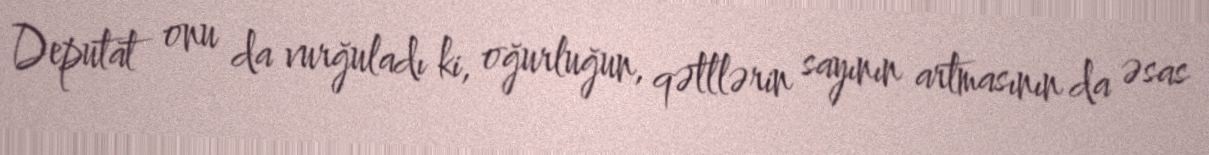
Deputat onu da vurğuladı ki, oğurluğun, qətllərin sayının artmasının da əsas